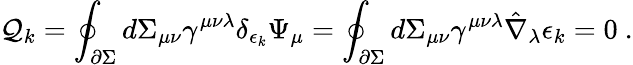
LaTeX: {\cal Q}_{k}=\oint_{\partial\Sigma}d\Sigma_{\mu\nu}\gamma^{\mu\nu\lambda}\delta_{\epsilon_{k}}\Psi_{\mu}=\oint_{\partial\Sigma}d\Sigma_{\mu\nu}\gamma^{\mu\nu\lambda}\hat{\nabla}_{\lambda}\epsilon_{k}=0\ .